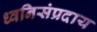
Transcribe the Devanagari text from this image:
ध्वनिसंप्रदाय